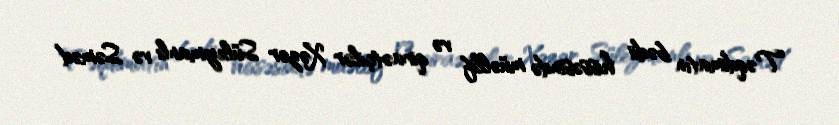
Təqdimatın bədii hissəsində müəllif və qiraətçilər Xəzər Süleymanlı və Səməd